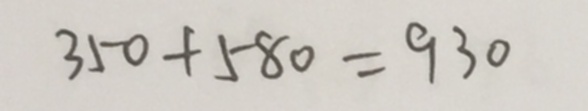
3 5 0 + 5 8 0 = 9 3 0